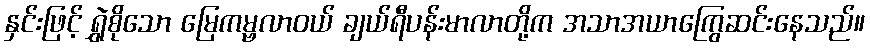
နှင်းဖြင့် ရွှဲစိုသော မြေကမ္ဗလာဝယ် ချယ်ရီပန်းမာလာတို့က အသာအယာကြွေဆင်းနေသည်။